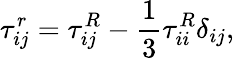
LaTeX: \tau_{ij}^{r}=\tau_{ij}^{R}-\frac{1}{3}\tau_{ii}^{R}\delta_{ij},